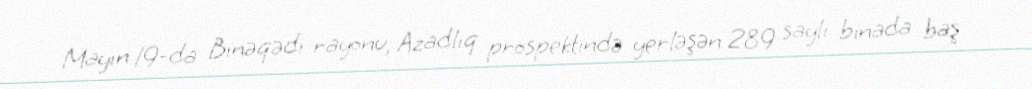
Mayın 19-da Binəqədi rayonu, Azadlıq prospektində yerləşən 289 saylı binada baş